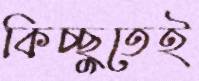
কিচ্ছুতেই